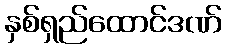
နှစ်ရှည်ထောင်ဒဏ်